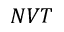
N V T